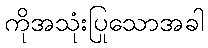
ကိုအသုံးပြုသောအခါ